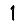
Digit: 1